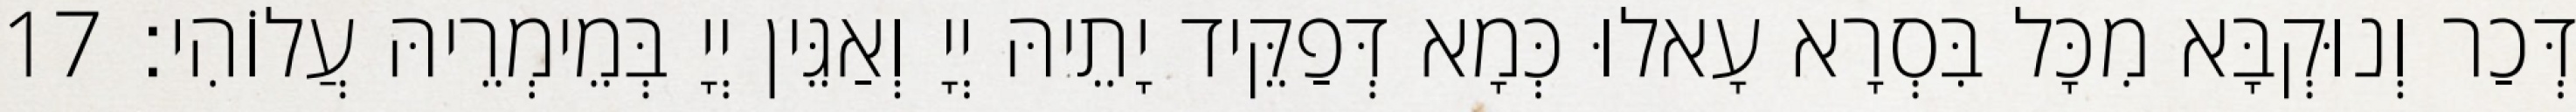
דְּכַר וְנוּקְבָּא מִכָּל בִּסְרָא עָאלוּ כְּמָא דְּפַקֵּיד יָתֵיהּ יְיָ וְאַגֵּין יְיָ בְּמֵימְרֵיהּ עֲלוֹהִי׃ 17